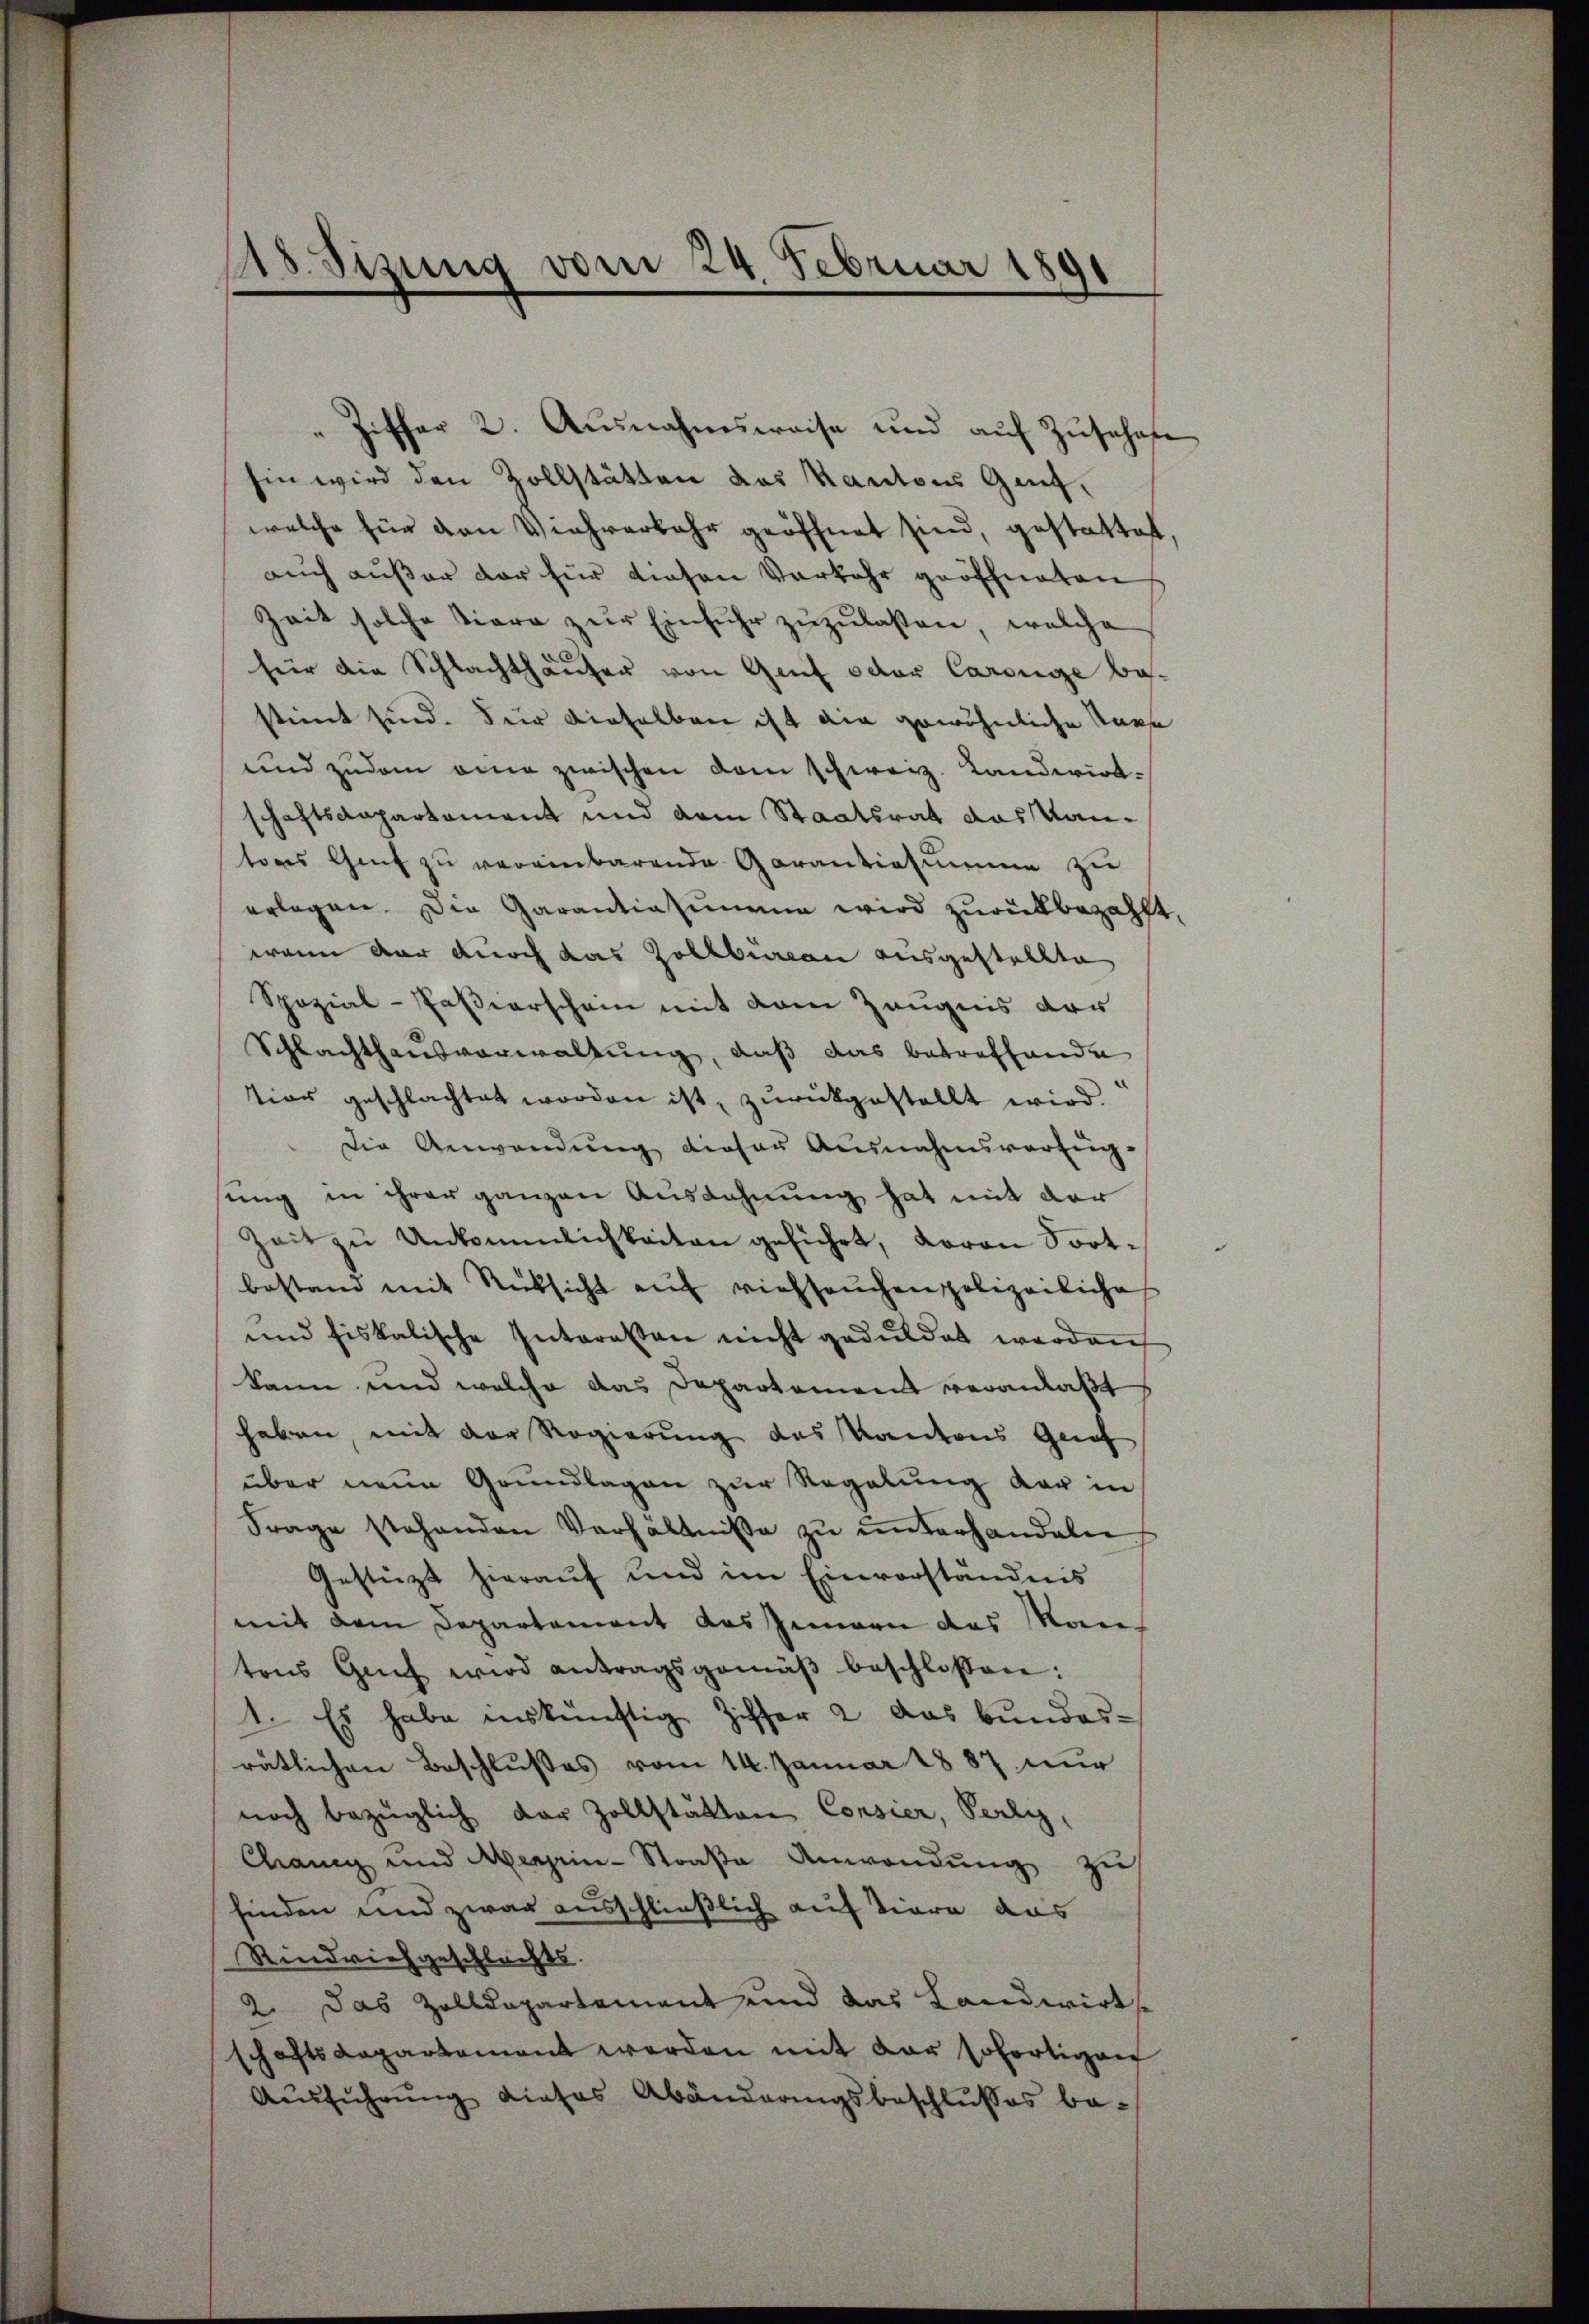
18 Sizung vom 24. Februar 1891

Ziffer 2. Ausnahmsweise und aŭf Zŭschafe
hin wird den Zollstätten das Kantons Genf,
welche für den Viehverbahr geöffnet sind, gestattet,
auch außer der für diesen Verkehr geöffneten
Zeit solche Tiere zur Einfuhr zuzulaßen, welche
d
für die Schlachthauser von Genf oder Carolge bestimt sind. Für dieselben ist die gewöhnliche Taxe
und zudem eine zwischen vom schweiz. Landwirtschaftsdepartament und dem Staatsrat das Kantores Genf zu vereinbarende Garantiesumme zu
erlegen. Die Garantiasummen wird zurükbezahlt,
wenn dar durch das Zollbüreau ausgestellte
Spozial-Passierschein mit dem Zeugnis der
Schlachthausverwaltung, daß das betreffende
tion geschlachtet worden ist, zurückgestellt wird.
Die Anwendŭng dieser Ausnahmsverfüg-
ŭng in ihrer ganzen Ausdehnung hat mit der
Zeit zŭ Unkömmlichkeiten geführt, daran Fortbestand mit Rücksicht auf viehseuchen polizeiliche
und fiskalische Interessen nicht geduldet werden
kann und welche das Departement veranlaßt
haben, mit der Regierung des Kantons Graf
über neue Grŭndlagen zur Regelung der in
Frage stehenden Verhältnisse zŭ ŭnterhandeln
Gestüzt hierauf und im Einverständnis
mit dem Departement das Innern das Mantons Genf wird antragsgemäβ beschlossen:
1. Es habe auskünftig Ziffer 2 das Bundes-
rätlichen Beschlußes vom 14. Januar 1887 nur
noch bezüglich der Zollstätten Consier, Perly,
Chang und Aenprin-Straße Anwendŭng zu
finden und zwar ausschließlich auf Tiere aus
Rindviehgeschlechts.
2. Das Zolldepartement und das Landwirtsschaftsdepartement werden mit der sofortigen
Aŭsführŭng dieses Abänderungsbeschlußes be¬